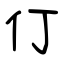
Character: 仃